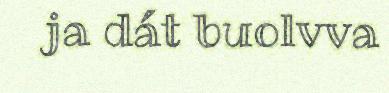
ja dát buolvva